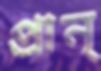
প্রান্